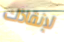
لإنقاذك